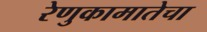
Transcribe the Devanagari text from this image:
रेणुकामातेचा